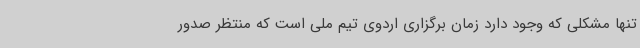
تنها مشکلی که وجود دارد زمان برگزاری اردوی تیم ملی است که منتظر صدور